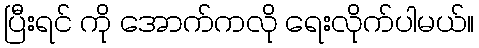
ပြီးရင် ကို အောက်ကလို ရေးလိုက်ပါမယ်။